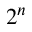
2 ^ { n }